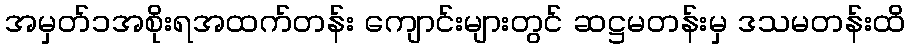
အမှတ်၁အစိုးရအထက်တန်း ကျောင်းများတွင် ဆဋ္ဌမတန်းမှ ဒသမတန်းထိ